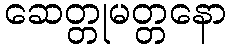
ဆေတ္တုမတ္တနော